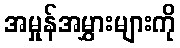
အမှုန်အမွှားများကို